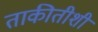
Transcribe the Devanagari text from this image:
ताकीतीशी